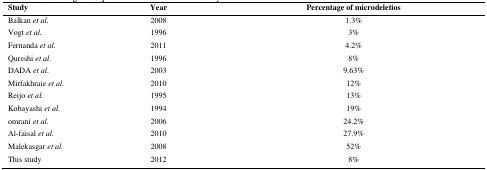
<table><thead><tr><td><b>Study</b></td><td><b>Year</b></td><td><b>Percentage of microdeletios</b></td></tr></thead><tbody><tr><td>Balkan <i>et al.</i></td><td>2008</td><td>1.3%</td></tr><tr><td>Vogt <i>et al.</i></td><td>1996</td><td>3%</td></tr><tr><td>Fernanda <i>et al.</i></td><td>2011</td><td>4.2%</td></tr><tr><td>Qureshi <i>et al.</i></td><td>1996</td><td>8%</td></tr><tr><td>DADA <i>et al.</i></td><td>2003</td><td>9.63%</td></tr><tr><td>Mirfakhraie <i>et al.</i></td><td>2010</td><td>12%</td></tr><tr><td>Reijo <i>et al.</i></td><td>1995</td><td>13%</td></tr><tr><td>Kobayashi <i>et al.</i></td><td>1994</td><td>19%</td></tr><tr><td>omrani <i>et al.</i></td><td>2006</td><td>24.2%</td></tr><tr><td>Al-faisal <i>et al.</i></td><td>2010</td><td>27.9%</td></tr><tr><td>Malekasgar <i>et al.</i></td><td>2008</td><td>52%</td></tr><tr><td>This study</td><td>2012</td><td>8%</td></tr></tbody></table>